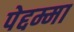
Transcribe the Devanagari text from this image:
पेद्दम्मा